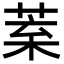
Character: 𦯧